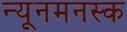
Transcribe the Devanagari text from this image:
न्यूनमनस्क